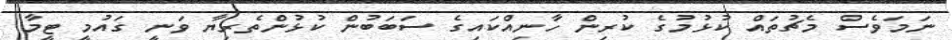
ނަމަވެސް މެޗުތައް ކުޅުމުގެ ކުރިން ހާނިއްކައިގެ ސަބަބުން ކުޅުންތެރިޔާ ވަނީ ގައުމީ ޓީމާ